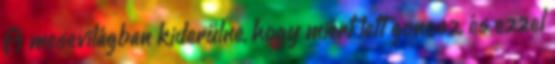
A mesevilágban kiderülne, hogy miért lett gonosz, és ezzel